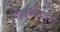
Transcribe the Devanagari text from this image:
शिवस्कंदवर्मा